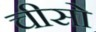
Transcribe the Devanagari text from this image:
चीसो